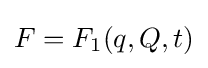
F=F_{1}(q,Q,t)